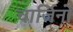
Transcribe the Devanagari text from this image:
चार्जिनो